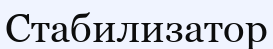
Стабилизатор